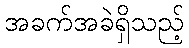
အခက်အခဲရှိသည့်